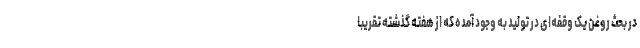
در بحث روغن یک وقفه‌ای در تولید به وجود آمده که از هفته گذشته تقریباً